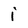
Character: i